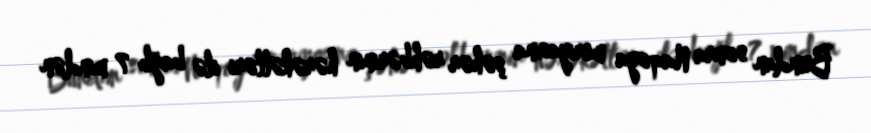
Bundan sonra Naqoya meriyasına şəhər rəhbərinin hərəkətləri ilə bağlı 7 mindən